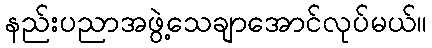
နည်းပညာအဖွဲ့သေချာအောင်လုပ်မယ်။